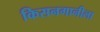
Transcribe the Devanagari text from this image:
किसनगानीला